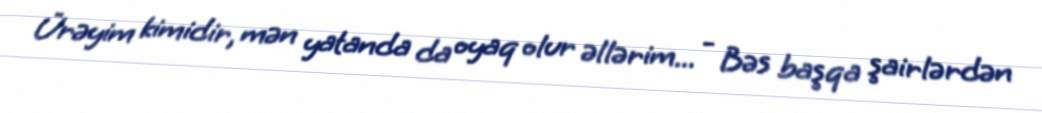
Ürəyim kimidir, mən yatanda da oyaq olur əllərim... - Bəs başqa şairlərdən